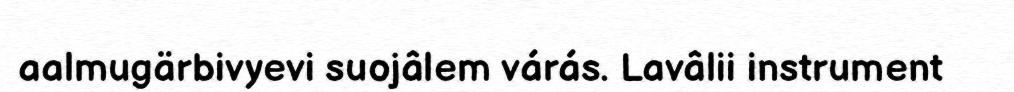
aalmugärbivyevi suojâlem várás. Lavâlii instrument